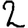
Digit: 2